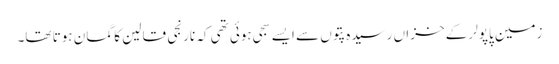
زمین پاپولر کے خزاں رسیدہ پتوں سے ایسے سجی ہوئی تھی کہ نارنجی قالین کا گمان ہوتا تھا۔